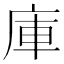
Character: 庫